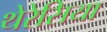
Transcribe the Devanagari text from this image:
थेरेसिया